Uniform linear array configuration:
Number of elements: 48
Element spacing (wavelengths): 0.5
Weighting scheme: hann
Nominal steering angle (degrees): -30
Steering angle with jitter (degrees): -28.325
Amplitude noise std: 0.05
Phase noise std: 0.05

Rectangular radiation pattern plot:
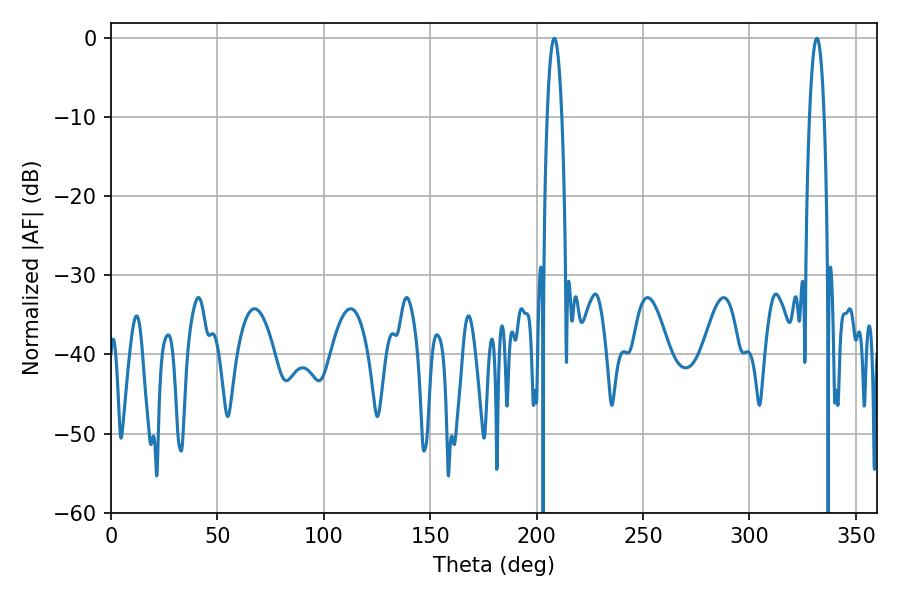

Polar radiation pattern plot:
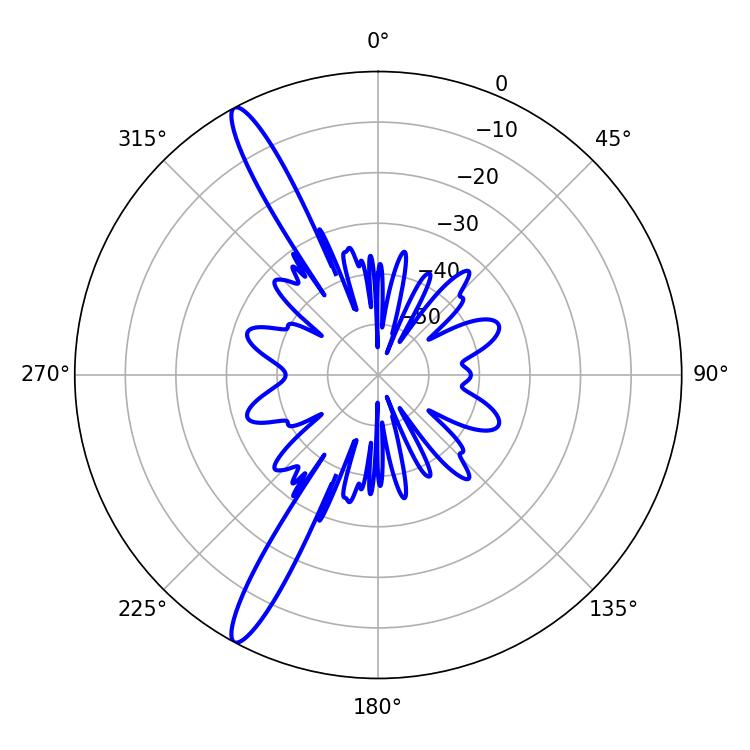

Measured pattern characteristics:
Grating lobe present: FALSE
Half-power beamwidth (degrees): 3.78
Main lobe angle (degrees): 208.26